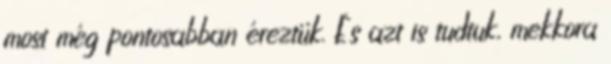
most még pontosabban éreztük. És azt is tudtuk, mekkora